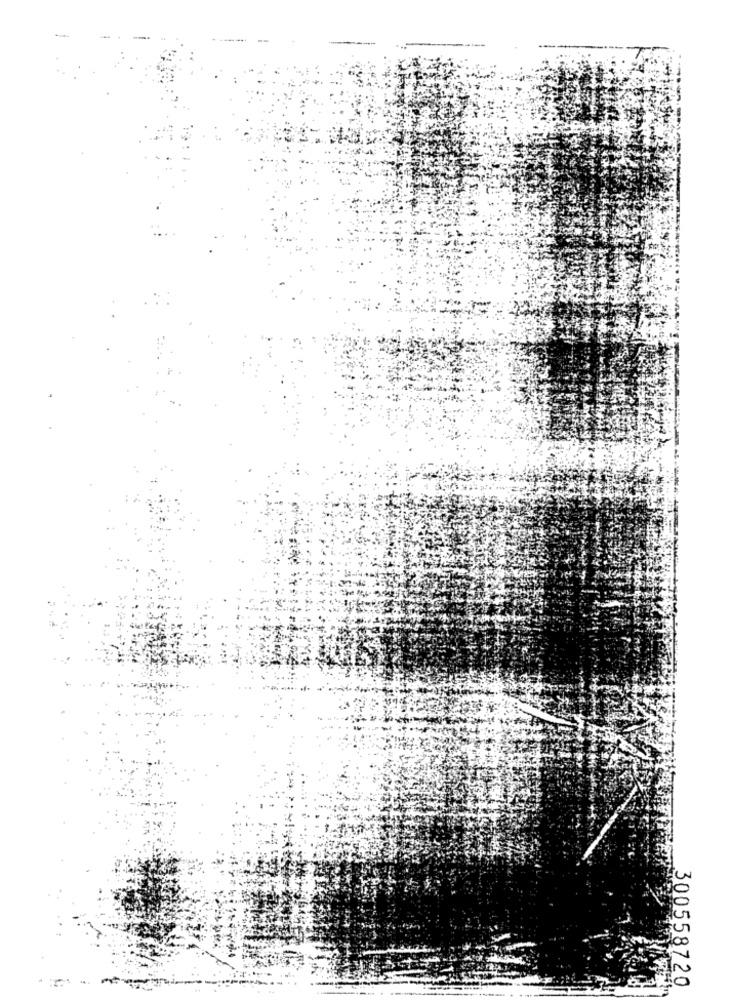
300558720